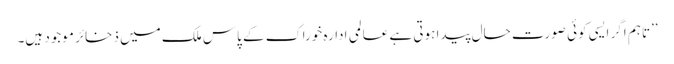
’’تاہم اگر ایسی کوئی صورت حال پیدا ہوتی ہے عالمی ادارہ خوراک کے پاس ملک میں ذخائر موجود ہیں۔